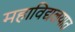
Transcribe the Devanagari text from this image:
महाविद्यलयात